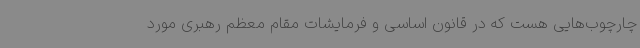
چارچوب‌هایی هست که در قانون اساسی و فرمایشات مقام معظم رهبری مورد